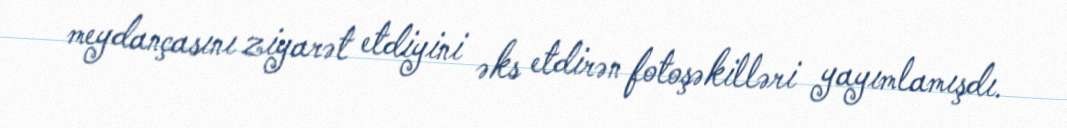
meydançasını ziyarət etdiyini əks etdirən fotoşəkilləri yayımlamışdı.